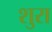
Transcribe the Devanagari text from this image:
शुरा